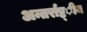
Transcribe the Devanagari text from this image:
अन्तर्राष्ट्ीय